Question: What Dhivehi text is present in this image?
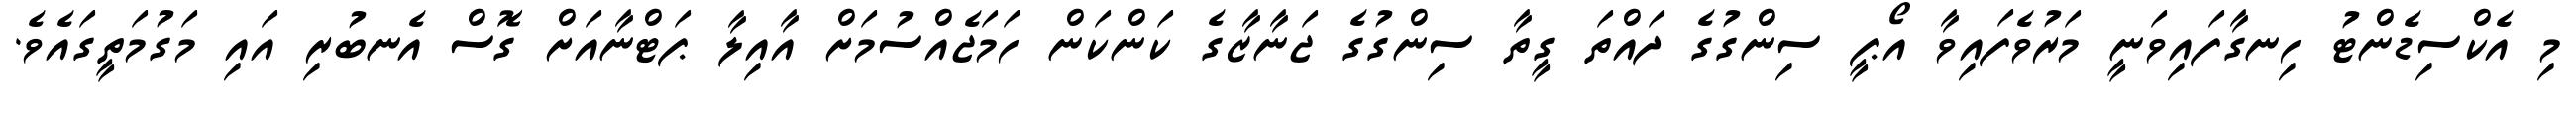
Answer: މި އެކްސިޑެންޓު ހިނގާފައިވަނީ މަރުވެފައިވާ އޯޕީ ސިންގުގެ ދައްތަ ގީތާ ސިންގުގެ ޖަނާޒާގެ ކަންކަން ހަމަޖެއްސުމަށް އާއިލާ ޕަޓްނާއަށް ގޮސް އެނބުރި އައި މަގުމަތީގައެވެ.